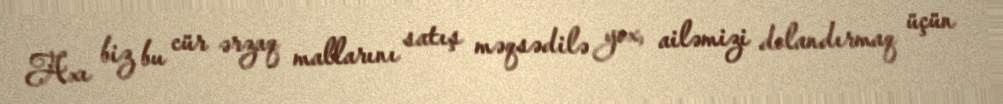
Axı biz bu cür ərzaq mallarını satış məqsədilə yox, ailəmizi dolandırmaq üçün